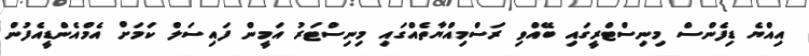
އިއްޔެ ޑިފެންސް މިނިސްޓްރީގައި ބޭއްވި ރަސްމިއްޔާތެއްގައި މިނިސްޓަރު އަމީން ފައިސަލް ކަމަށް އެމްއެންޑީއެފުން